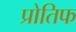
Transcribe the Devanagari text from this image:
प्रोतिफ